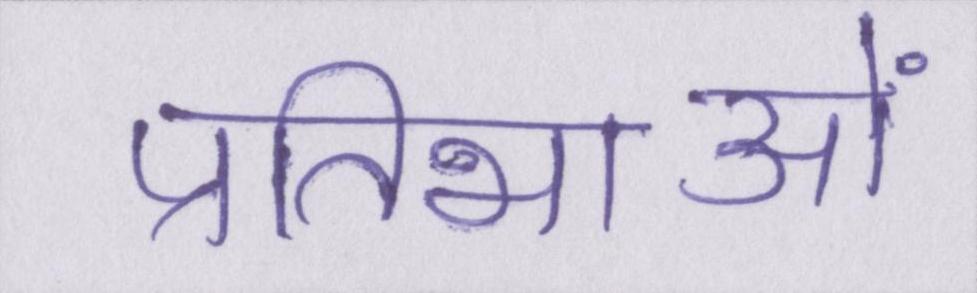
प्रतिभाओं